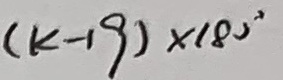
( k - 1 9 ) \times 1 8 0 ^ { \circ }